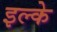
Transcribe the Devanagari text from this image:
इल्के